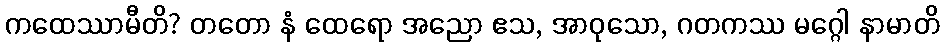
ကထေဿာမီတိ? တတော နံ ထေရော အညော ဧသ, အာဝုသော, ဂတကဿ မဂ္ဂေါ နာမာတိ